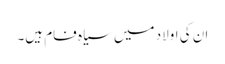
ان کی اولاد میں سیاہ فام ہیں۔